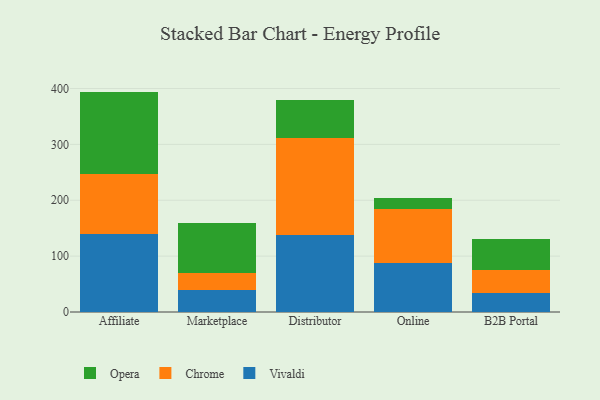
{"axis": {"x": "Channel", "y": "Market Share (%)"}, "legend": ["Chrome", "Opera", "Vivaldi"], "data": [{"x": "Affiliate", "y": 140.4, "type": "Vivaldi"}, {"x": "Affiliate", "y": 107.0, "type": "Chrome"}, {"x": "Affiliate", "y": 147.1, "type": "Opera"}, {"x": "Marketplace", "y": 39.7, "type": "Vivaldi"}, {"x": "Marketplace", "y": 30.0, "type": "Chrome"}, {"x": "Marketplace", "y": 89.7, "type": "Opera"}, {"x": "Distributor", "y": 137.8, "type": "Vivaldi"}, {"x": "Distributor", "y": 173.6, "type": "Chrome"}, {"x": "Distributor", "y": 67.9, "type": "Opera"}, {"x": "Online", "y": 88.6, "type": "Vivaldi"}, {"x": "Online", "y": 94.9, "type": "Chrome"}, {"x": "Online", "y": 21.3, "type": "Opera"}, {"x": "B2B Portal", "y": 34.9, "type": "Vivaldi"}, {"x": "B2B Portal", "y": 39.8, "type": "Chrome"}, {"x": "B2B Portal", "y": 55.3, "type": "Opera"}]}